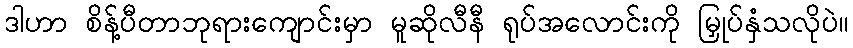
ဒါဟာ စိန့်ပီတာဘုရားကျောင်းမှာ မူဆိုလီနီ ရုပ်အလောင်းကို မြှုပ်နှံသလိုပဲ။